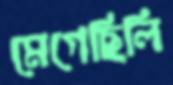
মেগেছিলি